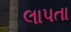
લાપતા